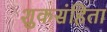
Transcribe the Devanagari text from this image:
शुकसंहिता